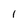
Character: 1